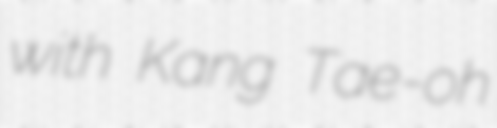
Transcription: with Kang Tae-oh